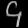
Digit: ၄